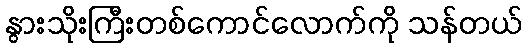
နွားသိုးကြီးတစ်ကောင်လောက်ကို သန်တယ်